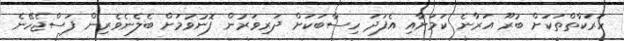
ހަރަކާތްތަކަށް ބުރޫ އަރާނެ ކަމަށާއި އެފަދަ ހިސާބަކަށް ދަރިވަރުން ފޮނުވުމަށް ބެލެނެވެރިން ފަސްޖެހޭނެ